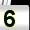
Digit: 5